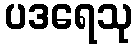
ပဒရေသု